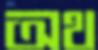
অথ